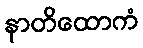
နာတိထောကံ